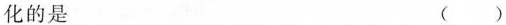
化的是 ()